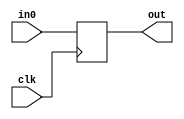
/* Normal digital design register to delay the signal
     by one clock cycle
*/
module register(in0, clk,out);

    input in0;
    input clk;
    output out;

    reg r1;

    assign out= r1;

    always@(negedge clk)
    begin
        r1 <= in0;
    end

endmodule